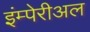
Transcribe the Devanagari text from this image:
इंम्पेरीअल